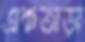
একতাড়া